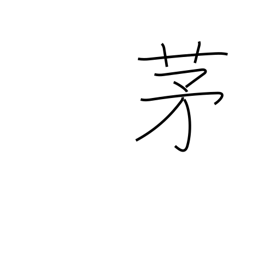
Meaning: miscanthus reed